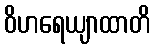
ဝိဟရေယျာထာတိ